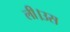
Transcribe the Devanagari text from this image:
ली।उस